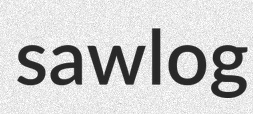
sawlog